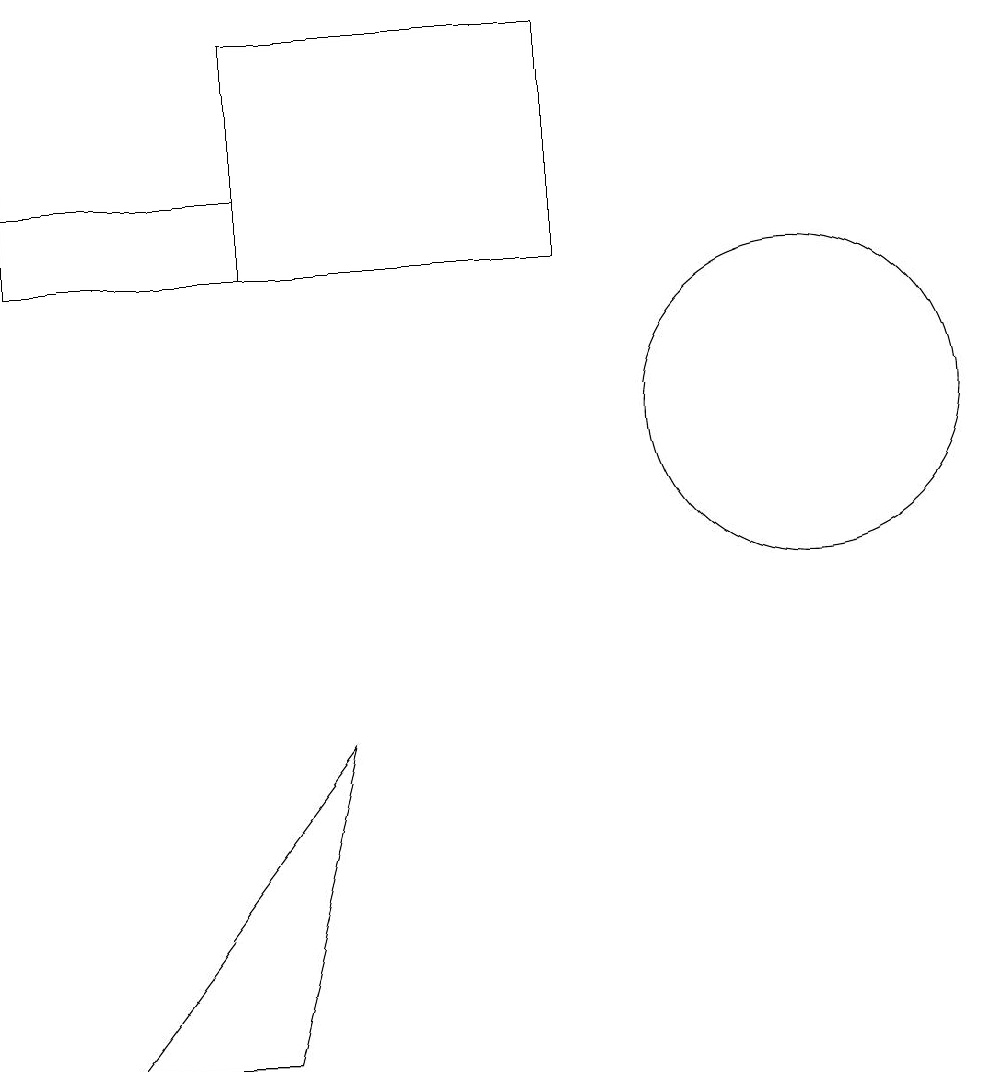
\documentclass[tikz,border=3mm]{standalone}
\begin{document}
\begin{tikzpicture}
\draw (8,13) rectangle (4,16);
\draw (2,3) -- (5,7) -- (4,3) -- cycle;
\draw (2,11) rectangle (2,11);
\draw (11,11) circle (2);
\draw (1,14) rectangle (4,13);
\draw[->] (1,14) -- (1,15);
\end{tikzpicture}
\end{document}